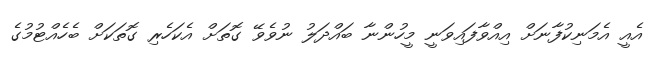
އެއީ އެމަނިކުފާނަށް އިއްވާފައިވަނީ މީހުންނާ ބައްދަލު ނުވެވޭ ގޮތަށް އެކަހެރި ގޮތަކަށް ބެހެއްޓުމުގެ